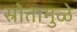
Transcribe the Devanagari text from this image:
स्रोतामुळे